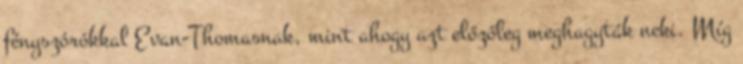
fényszórókkal Evan-Thomasnak, mint ahogy azt előzőleg meghagyták neki. Míg